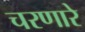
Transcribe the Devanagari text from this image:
चरणारे